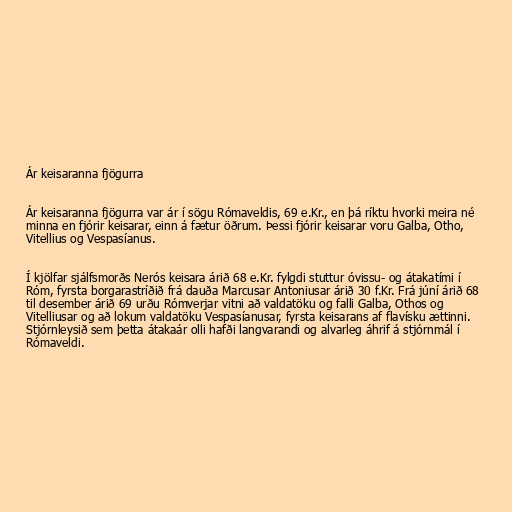
Ár keisaranna fjögurra

Ár keisaranna fjögurra var ár í sögu Rómaveldis, 69 e.Kr., en þá ríktu hvorki meira né
minna en fjórir keisarar, einn á fætur öðrum. Þessi fjórir keisarar voru Galba, Otho,
Vitellius og Vespasíanus.

Í kjölfar sjálfsmorðs Nerós keisara árið 68 e.Kr. fylgdi stuttur óvissu- og átakatími í
Róm, fyrsta borgarastríðið frá dauða Marcusar Antoniusar árið 30 f.Kr. Frá júní árið 68
til desember árið 69 urðu Rómverjar vitni að valdatöku og falli Galba, Othos og
Vitelliusar og að lokum valdatöku Vespasíanusar, fyrsta keisarans af flavísku ættinni.
Stjórnleysið sem þetta átakaár olli hafði langvarandi og alvarleg áhrif á stjórnmál í
Rómaveldi.